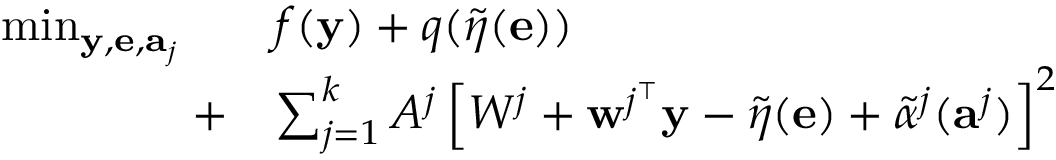
\begin{array} { r l } { \operatorname* { m i n } _ { \mathbf { y } , \mathbf { e } , \mathbf { a } _ { j } } \quad } & { f ( \mathbf { y } ) + q ( \widetilde { \eta } ( \mathbf { e } ) ) } \\ { + } & { \sum _ { j = 1 } ^ { k } A ^ { j } \left[ W ^ { j } + \mathbf { w } ^ { j ^ { \intercal } } \mathbf { y } - \widetilde { \eta } ( \mathbf { e } ) + \widetilde { \alpha } ^ { j } ( \mathbf { a } ^ { j } ) \right] ^ { 2 } } \end{array}